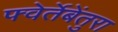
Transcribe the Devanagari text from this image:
फ्वेर्तेबेंतुरा